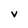
Character: v